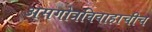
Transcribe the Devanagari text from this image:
असगोत्रविवाहाचीच